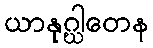
ယာနုဂ္ဃါတေန